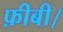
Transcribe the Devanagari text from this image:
फ़ीबी।